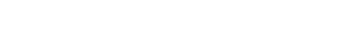
စစ်ကဲကြီး ဘယ်တော့ ရောက်လာမလဲ